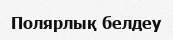
Полярлық белдеу